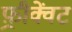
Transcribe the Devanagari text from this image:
फ़्रीक्वेंट